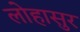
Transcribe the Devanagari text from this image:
लोहासुर